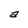
Character: a